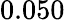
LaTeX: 0.050